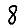
Digit: 8